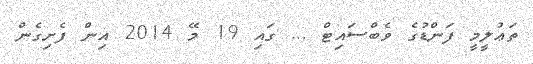
ތަޢުލީމީ ފަންޑުގެ ވެބްސައިޓް ... ގައި 19 މޭ 2014 އިން ފެށިގެން